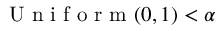
\mathrm { ~ U ~ n ~ i ~ f ~ o ~ r ~ m ~ } ( 0 , 1 ) < \alpha